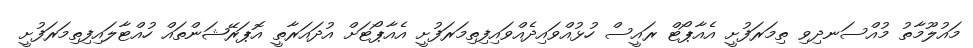
މައުލޫމާތު މުއްސަނދިވި ތިމަރަފުށީ އެއާޕޯޓް ރައީސް ހުޅުއްވައިދެއްވައިފިތިމަރަފުށީ އެއާޕޯޓަށް އުދައަރާތީ އޮޕަރޭޝަންތައް ހުއްޓާލައިފިތިމަރަފުށީ